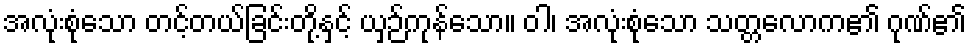
အလုံးစုံသော တင့်တယ်ခြင်းတို့နှင့် ယှဉ်ကုန်သော။ ဝါ၊ အလုံးစုံသော သတ္တလောက၏ ဂုဏ်၏